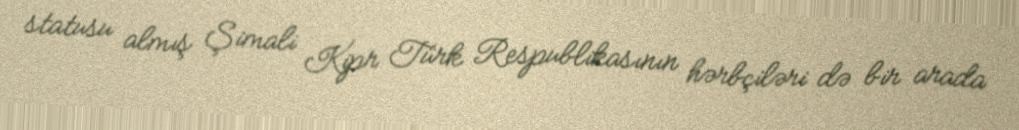
statusu almış Şimali Kipr Türk Respublikasının hərbçiləri də bir arada